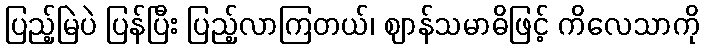
ပြည့်မြဲပဲ ပြန်ပြီး ပြည့်လာကြတယ်၊ ဈာန်သမာဓိဖြင့် ကိလေသာကို